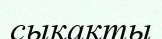
сықақты